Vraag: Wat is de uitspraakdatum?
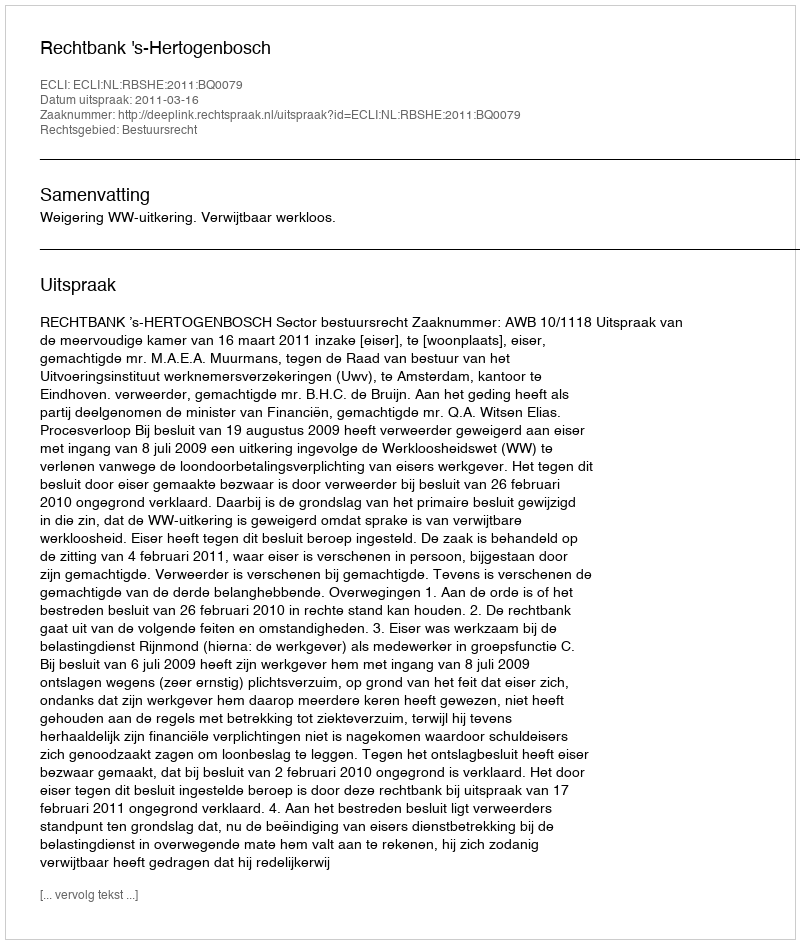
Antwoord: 2011-03-16